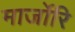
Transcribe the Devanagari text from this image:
मार्जोरि